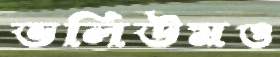
ভলিউমও